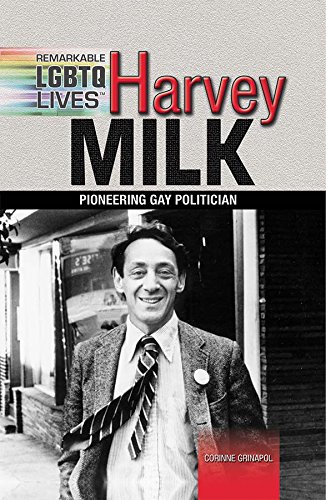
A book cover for Harvey Milk: Pioneering Gay Politician / Corinne Grinapol (Remarkable Lgbtq Lives); Corinne Grinapol; Teen & Young Adult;